Indian journal of veterinary science and animal husbandry - Volumes 26-27, 1956-1957
Year: 1956
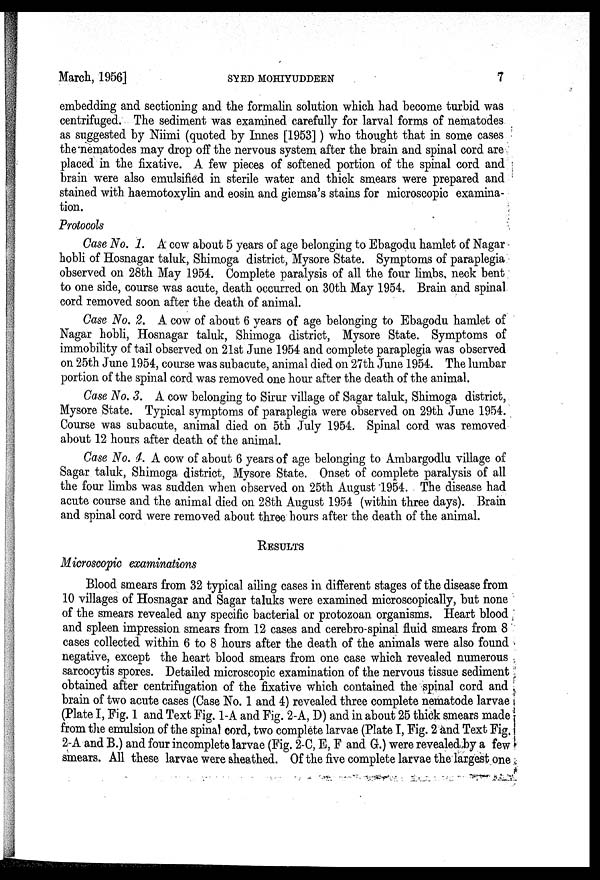
March, 1956]
SYED
MOHIYUDDEEN
7
embedding and sectioning and the formalin solution which had become turbid was
centrifuged. The sediment was examined carefully for larval forms of nematodes
as suggested by Niimi (quoted by Innes [1953]) who thought that in some cases
the nematodes may drop off the nervous system after the brain and spinal cord are
placed in the fixative. A few pieces of softened portion of the spinal cord and
brain were also emulsified in sterile water and thick smears were prepared and
stained with haemotoxylin and eosin and giemsa's stains for microscopic examina-
tion.
Protocols
Case No. 1. A cow about 5 years of age belonging to Ebagodu hamlet of Nagar
hobli of Hosnagar taluk, Shimoga district, Mysore State. Symptoms of paraplegia
observed on 28th May 1954. Complete paralysis of all the four limbs, neck bent
to one side, course was acute, death occurred on 30th May 1954. Brain and spinal
cord removed soon after the death of animal.
Case No. 2. A cow of about 6 years of age belonging to Ebagodu hamlet of
Nagar hobli, Hosnagar taluk, Shimoga district, Mysore State. Symptoms of
immobility of tail observed on 21st June 1954 and complete paraplegia was observed
on 25th June 1954, course was subacute, animal died on 27th June 1954. The lumbar
portion of the spinal cord was removed one hour after the death of the animal.
Case No. 3. A cow belonging to Sirur village of Sagar taluk, Shimoga district,
Mysore State. Typical symptoms of paraplegia were observed on 29th June 1954.
Course was subacute, animal died on 5th July 1954. Spinal cord was removed
about 12 hours after death of the animal.
Case No. 4. A cow of about 6 years of age belonging to Ambargodlu village of
Sagar taluk, Shimoga district, Mysore State. Onset of complete paralysis of all
the four limbs was sudden when observed on 25th August 1954. The disease had
acute course and the animal died on 28th August 1954 (within three days). Brain
and spinal cord were removed about three hours after the death of the animal.
RESULTS
Microscopic examinations
Blood smears from 32 typical ailing cases in different stages of the disease from
10 villages of Hosnagar and Sagar taluks were examined microscopically, but none
of the smears revealed any specific bacterial or protozoan organisms. Heart blood
and spleen impression smears from 12 cases and cerebro-spinal fluid smears from 8
cases collected within 6 to 8 hours after the death of the animals were also found
negative, except the heart blood smears from one case which revealed numerous
sarcocytis spores. Detailed microscopic examination of the nervous tissue sediment
obtained after centrifugation of the fixative which contained the spinal cord and
brain of two acute cases (Case No. 1 and 4) revealed three complete nematode larvae
(Plate I, Fig. 1 and Text Fig. 1-A and Fig. 2-A, D) and in about 25 thick smears made
from the emulsion of the spinal cord, two complete larvae (Plate I, Fig. 2 and Text Fig.
2-A and B.) and four incomplete larvae (Fig. 2-C, E, F and G.) were revealed by a few
smears. All these larvae were sheathed. Of the five complete larvae the largest one